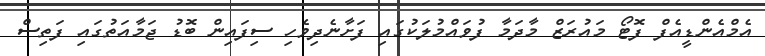
އެމްއެންޑީއެފް ފޮޓޯ މައުރަޒް މާދަމާ ފުވައްމުލަކުގައި ފަށާނެދިވެހި ސިފައިން ބޮޑު ޖަމާއަތުގައި ފަތިސް